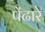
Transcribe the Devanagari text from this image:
पेंढारे